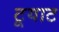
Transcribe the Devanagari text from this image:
टूयाट